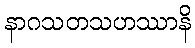
နာဂသတသဟဿာနိ